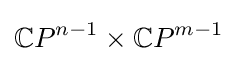
{\mathbb {C} }P^{n-1}\times {\mathbb {C} }P^{m-1}